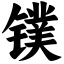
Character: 镤